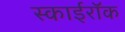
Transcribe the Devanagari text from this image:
स्काईरॉक